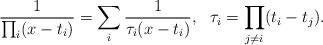
LaTeX: \begin{align*}\frac{1}{\prod_i(x-t_i)}=\sum_i\frac{1}{\tau_i(x-t_i)},\ \ \tau_i=\prod_{j\not=i}(t_i-t_j).\end{align*}